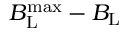
B _ { \mathrm { L } } ^ { \mathrm { m a x } } - B _ { \mathrm { L } }